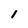
Character: I